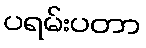
ပရမ်းပတာ